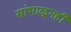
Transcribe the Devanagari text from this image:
सांभाळूनही